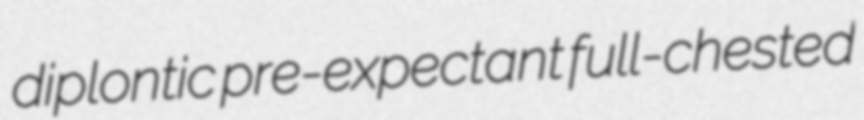
diplontic pre-expectant full-chested